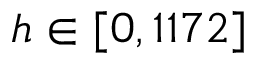
h \in [ 0 , 1 1 7 2 ]